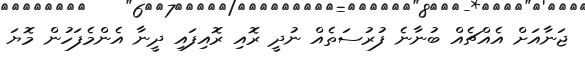
ޖަނާއަށް އެއްޗެއް ބުނާނެ ފުރުސަތެއް ނުދީ ރޮއި ރޮއިފައި ދީނާ އެންމެފަހުން މޮޔަ